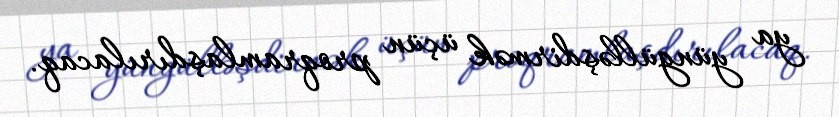
ya yüngülləşdirmək üçün proqramlaşdırılacaq.